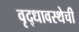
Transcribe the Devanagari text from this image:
वृद्धावस्थेची